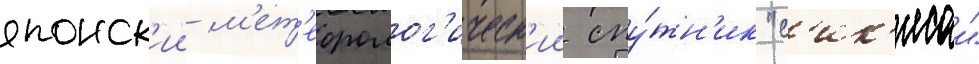
японск'ии м'ет'еоролог'ическ'ии спу́тн'ик "с'ик'исаи"